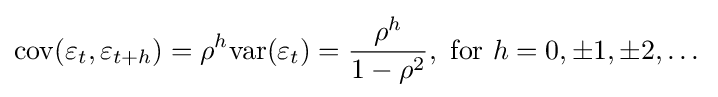
\mathrm {cov} (\varepsilon _{t},\varepsilon _{t+h})=\rho ^{h}\mathrm {var} (\varepsilon _{t})={\frac {\rho ^{h}}{1-\rho ^{2}}},{\text{ for }}h=0,\pm 1,\pm 2,\dots